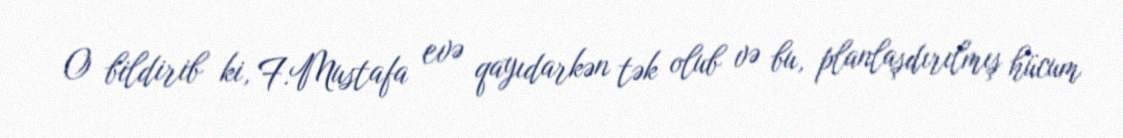
O bildirib ki, F.Mustafa evə qayıdarkən tək olub və bu, planlaşdırılmış hücum